Vaccine operations Central Provinces 1868-1885 - 1868-1885
Year: 1868
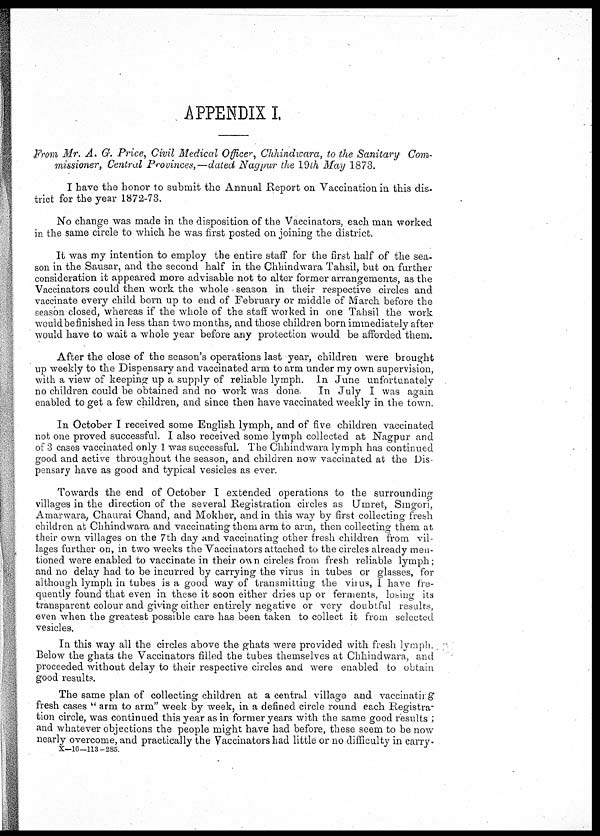
APPENDIX I.
From Mr. A. G. Price, Civil Medical Officer, Chhindwara, to the Sanitary Com-
missioner, Central Provinces,—dated Nagpur the 19th May 1873.
I have the honor to submit the Annual Report on Vaccination in this dis¬
trict for the year 1872-73.
No change was made in the disposition of the Vaccinators, each man worked
in the same circle to which he was first posted on joining the district.
It was my intention to employ the entire staff for the first half of the sea-
son in the Sausar, and the second half in the Chhindwara Tahsil, but on further
consideration it appeared more advisable not to alter former arrangements, as the
Vaccinators could then work the whole season in their respective circles and
vaccinate every child born up to end of February or middle of March before the
season closed, whereas if the whole of the staff worked in one Tahsil the work
would be finished in less than two months, and those children born immediately after
would have to wait a whole year before any protection would be afforded them.
After the close of the season's operations last year, children were brought
up weekly to the Dispensary and vaccinated arm to arm under my own supervision,
with a view of keeping up a supply of reliable lymph. In June unfortunately
no children could be obtained and no work was done. In July I was again
enabled to get a few children, and since then have vaccinated weekly in the town.
In October I received some English lymph, and of five children vaccinated
not one proved successful. I also received some lymph collected at Nagpur and
of 3 cases vaccinated only I was successful. The Chhindwara lymph has continued
good and active throughout the season, and children now vaccinated at the Dis-
pensary have as good and typical vesicles as ever.
Towards the end of October I extended operations to the surrounding
villages in the direction of the several Registration circles as Umret, Singori,
Amarwara, Chaurai Chand, and Mokher, and in this way by first collecting fresh
children at Chhindwara and vaccinating them arm to arm, then collecting them at
their own villages on the 7th day and vaccinating other fresh children from vil-
lages further on, in two weeks the Vaccinators attached to the circles already men-
tioned were enabled to vaccinate in their own circles from fresh reliable lymph ;
and no delay had to be incurred by carrying the virus in tubes or glasses, for
although lymph in tubes is a good way of transmitting the virus, I have fre-
quently found that even in these it soon either dries up or ferments, losing its
transparent colour and giving either entirely negative or very doubtful results,
even when the greatest possible care has been taken to collect it from selected
vesicles.
In this way all the circles above the ghats were provided with fresh lymph.
Below the ghats the Vaccinators filled the tubes themselves at Chhindwara, and
proceeded without delay to their respective circles and were enabled to obtain
good results.
The same plan of collecting children at a central village and vaccinating
fresh cases " arm to arm" week by week, in a defined circle round each Registra-
tion circle, was continued this year as in former years with the same good results ;
and whatever objections the people might have had before, these seem to be now
nearly overcome, and practically the Vaccinators had little or no difficulty in carry.
X—16—113—285.